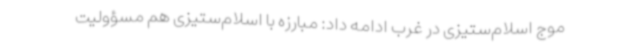
موج اسلام‌ستیزی در غرب ادامه داد: مبارزه با اسلام‌ستیزی هم مسؤولیت